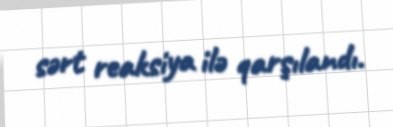
sərt reaksiya ilə qarşılandı.